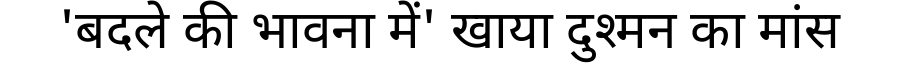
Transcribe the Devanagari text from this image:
'बदले की भावना में' खाया दुश्मन का मांस